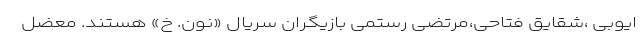
ایوبی ،شقایق فتاحی،مرتضی رستمی بازیگران سریال «نون. خ» هستند. معضل